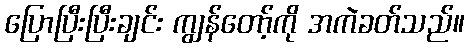
ပြောပြီးပြီးချင်း ကျွန်တော့်ကို အကဲခတ်သည်။